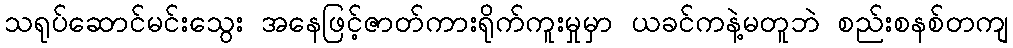
သရုပ်ဆောင်မင်းသွေး အနေဖြင့်ဇာတ်ကားရိုက်ကူးမှုမှာ ယခင်ကနဲ့မတူဘဲ စည်းစနစ်တကျ